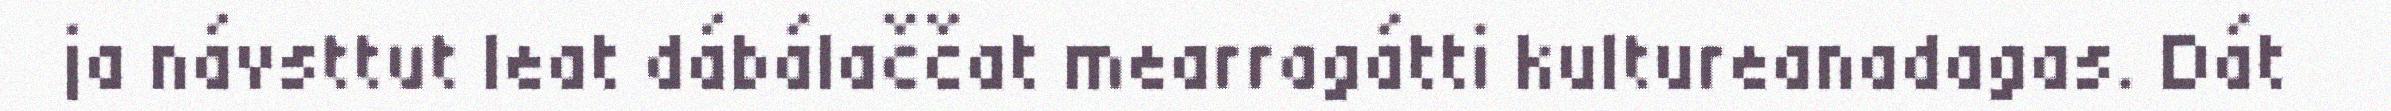
ja návsttut leat dábálaččat mearragátti kultureanadagas. Dát